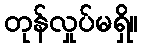
တုန်လှုပ်မရှိ။